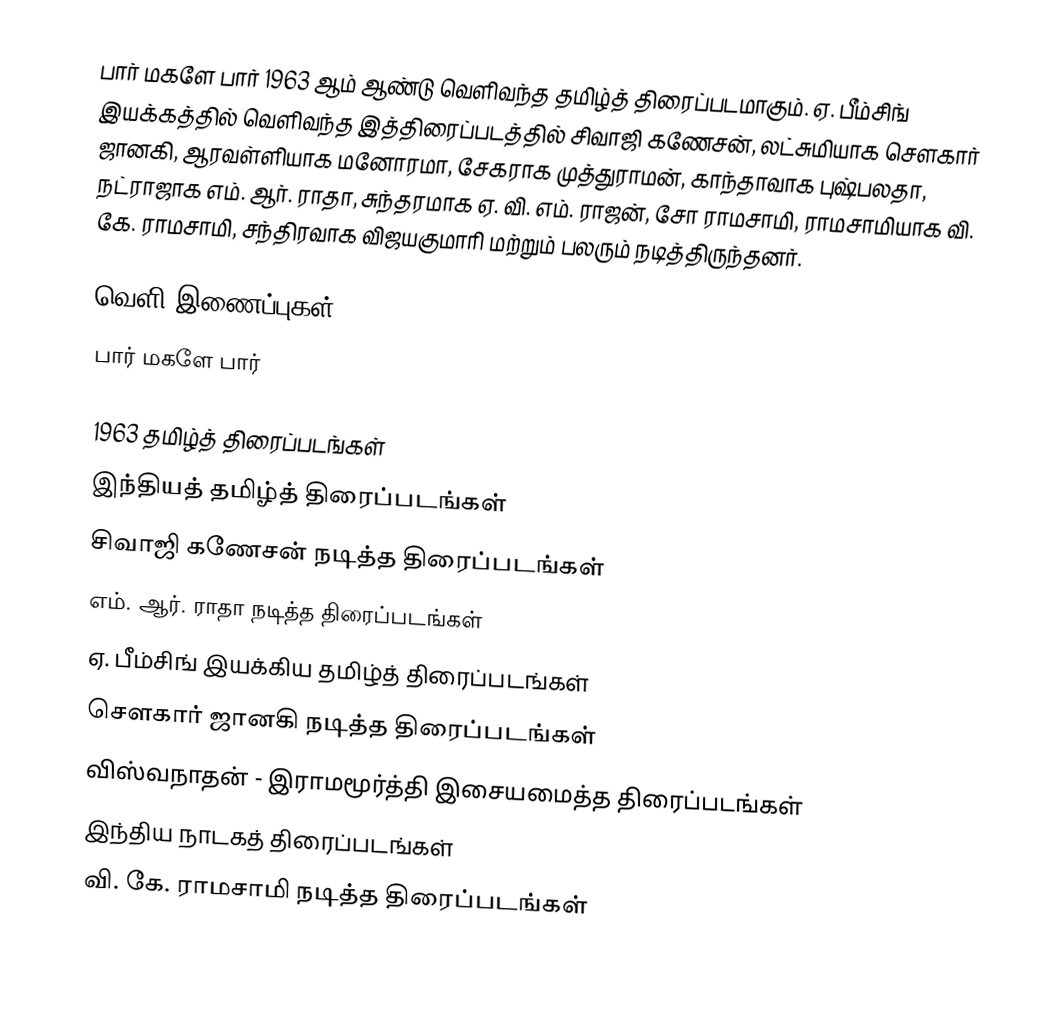
பார் மகளே பார் 1963 ஆம் ஆண்டு வெளிவந்த தமிழ்த் திரைப்படமாகும். ஏ. பீம்சிங் இயக்கத்தில் வெளிவந்த இத்திரைப்படத்தில் சிவாஜி கணேசன், லட்சுமியாக சௌகார் ஜானகி, ஆரவள்ளியாக மனோரமா, சேகராக முத்துராமன், காந்தாவாக புஷ்பலதா, நட்ராஜாக எம். ஆர். ராதா, சுந்தரமாக ஏ. வி. எம். ராஜன், சோ ராமசாமி, ராமசாமியாக வி. கே. ராமசாமி, சந்திரவாக விஜயகுமாரி மற்றும் பலரும் நடித்திருந்தனர்.

வெளி இணைப்புகள்
 பார் மகளே பார்

1963 தமிழ்த் திரைப்படங்கள்
இந்தியத் தமிழ்த் திரைப்படங்கள்
சிவாஜி கணேசன் நடித்த திரைப்படங்கள்
எம். ஆர். ராதா நடித்த திரைப்படங்கள்
ஏ. பீம்சிங் இயக்கிய தமிழ்த் திரைப்படங்கள்
சௌகார் ஜானகி நடித்த திரைப்படங்கள்
விஸ்வநாதன் - இராமமூர்த்தி இசையமைத்த திரைப்படங்கள்
இந்திய நாடகத் திரைப்படங்கள்
வி. கே. ராமசாமி நடித்த திரைப்படங்கள்